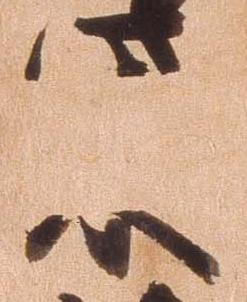
柴